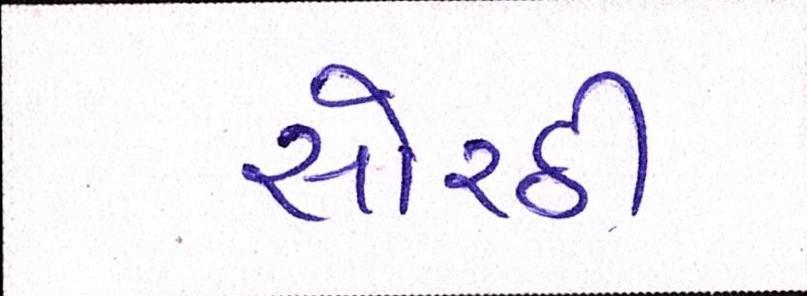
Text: સોરઠી